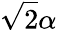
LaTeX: \sqrt{2}\alpha